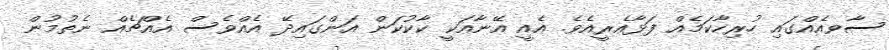
ސާވއެއްގައި ހުރިހާކަމެއް ފަޅާއެރީއެވެ. އެއީ އޭނާއަކީ ކާކުކަން އަންގައިދޭ އެއްވެސް އެއްޗެއް ނެތުމުން